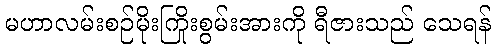
မဟာလမ်းစဉ်မိုးကြိုးစွမ်းအားကို ရီဇားသည် သေရန်